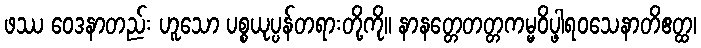
ဖဿ ဝေဒနာတည်း ဟူသော ပစ္စယုပ္ပန်တရားတို့ကို။ နာနတ္တေတတ္တကမ္မဝိပ္ဖါရဝသေနာတိဧတ္ထ၊